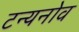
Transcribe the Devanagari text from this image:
टन्यनोव